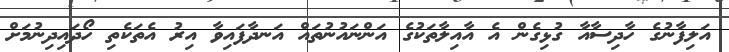
އަލިފާނުގެ ހާދިސާއާ ގުޅިގެން އެ އާއިލާތަކުގެ އަންނައުނުތައް އަނދާފައިވާ އިރު އެތަކެތި ހޯދައިދިނުމަށް